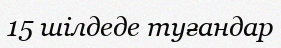
15 шілдеде туғандар